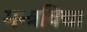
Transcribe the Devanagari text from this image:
मन्त्रविद्या